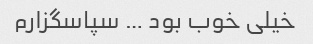
خیلی خوب بود … سپاسگزارم